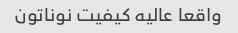
واقعا عالیه کیفیت نوناتون